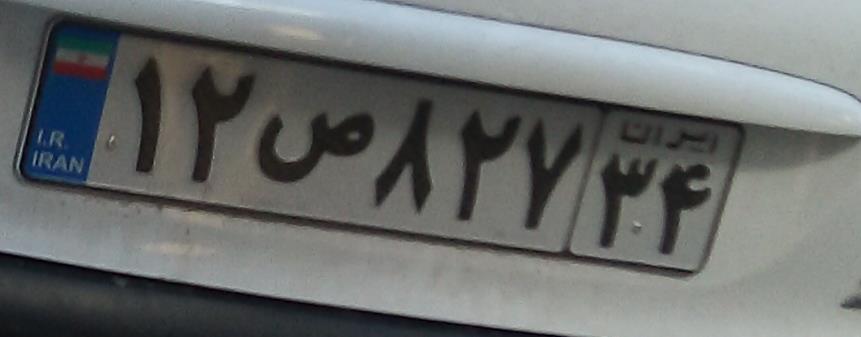
۱۲ص۸۲۷۳۴